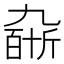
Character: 𠄆